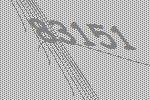
83151